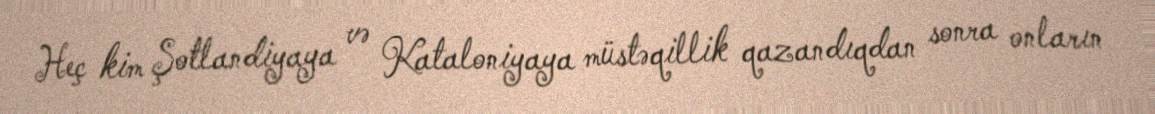
Heç kim Şotlandiyaya və Kataloniyaya müstəqillik qazandıqdan sonra onların